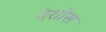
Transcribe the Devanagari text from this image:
नेशोस